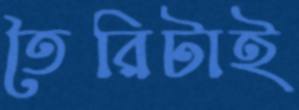
তৈরিটাই